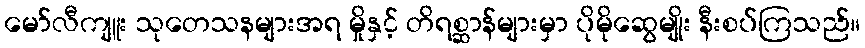
မော်လီကျူး သုတေသနများအရ မှိုနှင့် တိရစ္ဆာန်များမှာ ပိုမိုဆွေမျိုး နီးစပ်ကြသည်။